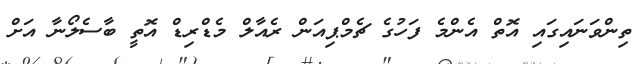
ތިންވަނައިގައި އޮތް އެންމެ ފަހުގެ ޗެމްޕިއަން ރެއާލް މެޑްރިޑް އޮތީ ބާސެލޯނާ އަށް